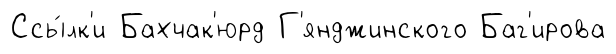
Ссы́лк'и Бахчак'юрд Г'янджинского Баг'ирова